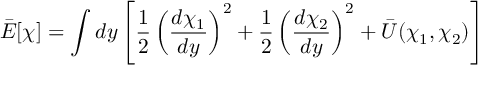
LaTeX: \bar { { \cal E } } [ \chi ] = \int d y \left[ \frac { 1 } { 2 } \left( \frac { d \chi _ { 1 } } { d y } \right) ^ { 2 } + \frac { 1 } { 2 } \left( \frac { d \chi _ { 2 } } { d y } \right) ^ { 2 } + \bar { U } ( \chi _ { 1 } , \chi _ { 2 } ) \right]